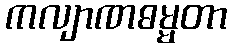
ကလျာဏဓမ္မတာ